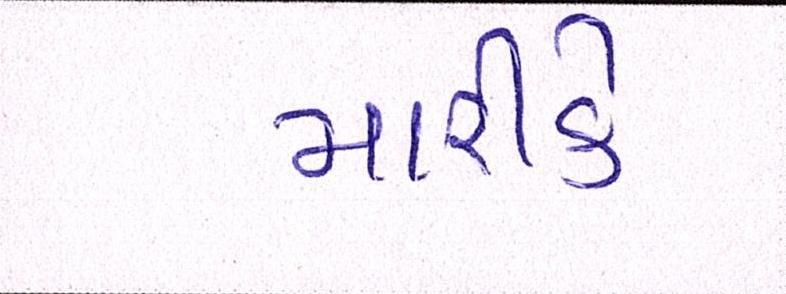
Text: મારીકે